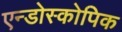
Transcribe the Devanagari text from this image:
एन्डोस्कोपिक